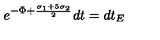
e ^ { - \Phi + \frac { \sigma _ { 1 } + 5 \sigma _ { 2 } } { 2 } } d t = d t _ { E }